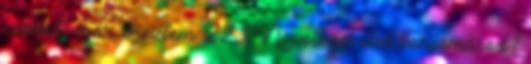
csóknál már éreztem. 22. Mi volt az első benyomásod?